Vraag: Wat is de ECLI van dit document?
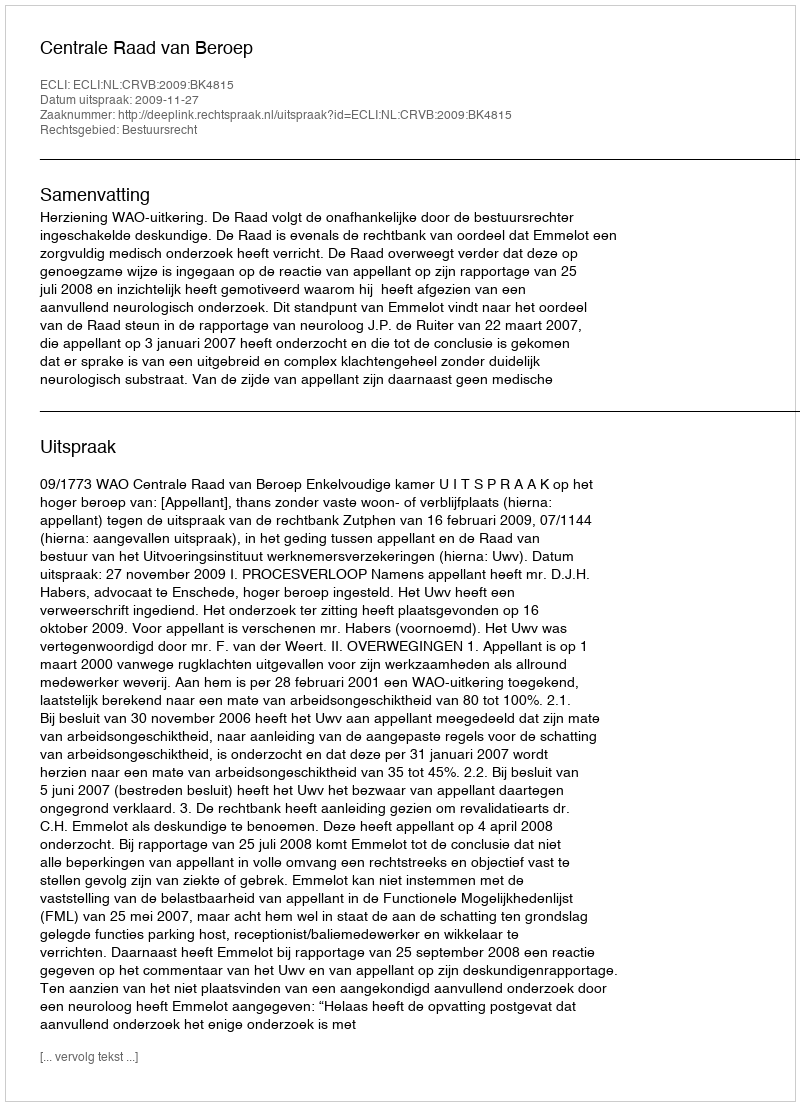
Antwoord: ECLI:NL:CRVB:2009:BK4815